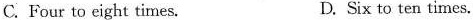
C. Four to eight times. D. Six to ten times.